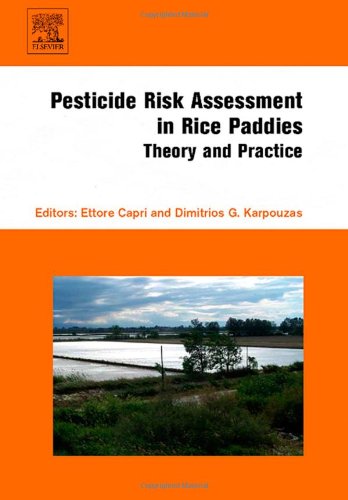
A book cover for Pesticide Risk Assessment in Rice Paddies: Theory and Practice; Science & Math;